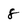
Character: 8